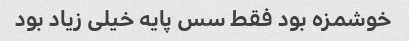
خوشمزه بود فقط سس پایه خیلی زیاد بود